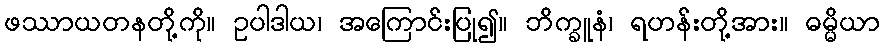
ဖဿာယတနတို့ကို။ ဥပါဒါယ၊ အကြောင်းပြု၍။ ဘိက္ခူနံ၊ ရဟန်းတို့အား။ ဓမ္မိယာ